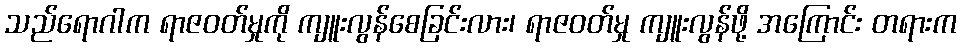
သည်ရောဂါက ရာဇဝတ်မှုကို ကျူးလွန်စေခြင်းလား၊ ရာဇဝတ်မှု ကျူးလွန်ဖို့ အကြောင်း တရားက